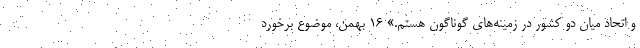
و اتحاد میان دو کشور در زمینه‌های گوناگون هستم.» 16 بهمن، موضوع برخورد